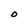
Character: O